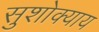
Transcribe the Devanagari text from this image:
सुशोक्याय